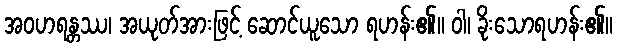
အဝဟရန္တဿ၊ အယုတ်အားဖြင့် ဆောင်ယူသော ရဟန်း၏။ ဝါ၊ ခိုးသောရဟန်း၏။